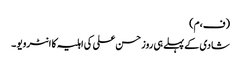
(ف،م)
شادی کے پہلے ہی روز حسن علی کی اہلیہ کا انٹرویو ۔